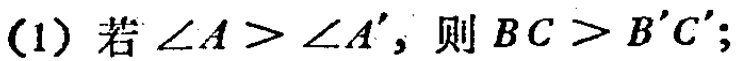
(1) 若 $\angle A > \angle A'$, 则 $BC > B'C'$;